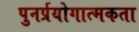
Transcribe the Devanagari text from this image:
पुनर्प्रयोगात्मकता